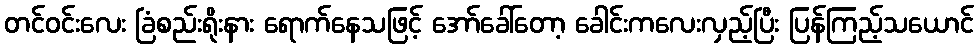
တင်ဝင်းလေး ခြံစည်းရိုးနား ရောက်နေသဖြင့် အော်ခေါ်တော့ ခေါင်းကလေးလှည့်ပြီး ပြန်ကြည့်သယောင်